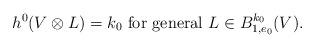
LaTeX: \begin{align*} h^0 (V \otimes L) = k_0 \hbox{ for general } L \in B^{k_0}_{1,e_0}(V) . \end{align*}